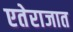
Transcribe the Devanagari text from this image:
एतेराजात